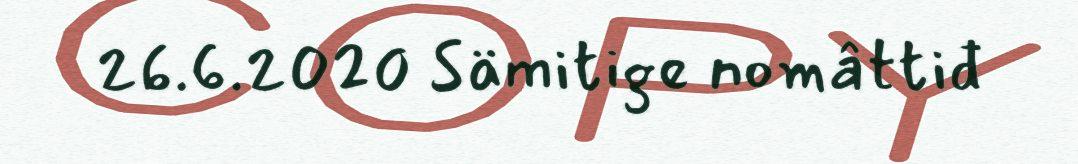
26.6.2020 Sämitige nomâttiđ